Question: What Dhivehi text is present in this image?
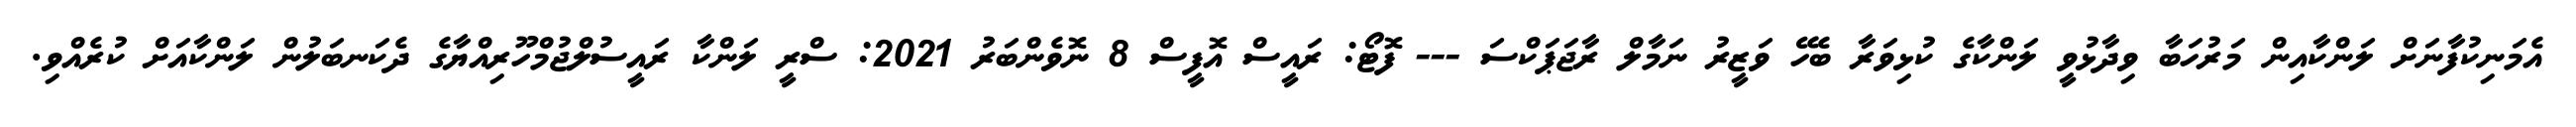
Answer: އެމަނިކުފާނަށް ލަންކާއިން މަރުހަބާ ވިދާޅުވީ ލަންކާގެ ކުޅިވަރާ ބެހޭ ވަޒީރު ނަމާލް ރާޖަޕަކްސަ --- ފޮޓޯ: ރައީސް އޮފީސް 8 ނޮވެންބަރު 2021: ސްރީ ލަންކާ ރައީސުލްޖުމްހޫރިއްޔާގެ ދެކަނބަލުން ލަންކާއަށް ކުރެއްވި.